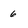
Character: 6